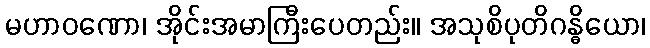
မဟာဝဏော၊ အိုင်းအမာကြီးပေတည်း။ အသုစိပုတိဂန္ဓိယော၊